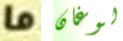
ما لوغان